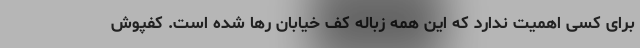
برای کسی اهمیت ندارد که این همه زباله کف خیابان رها شده است. کفپوش